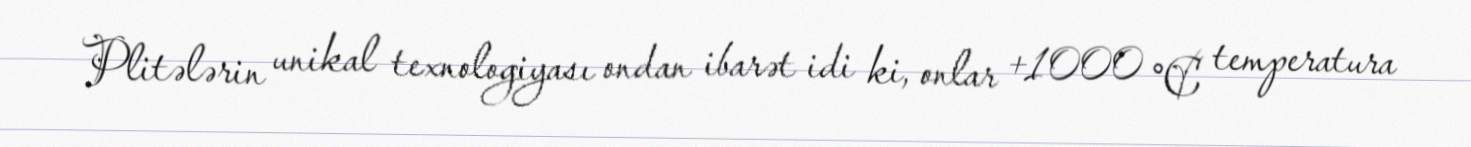
Plitələrin unikal texnologiyası ondan ibarət idi ki, onlar +1000 °C temperatura